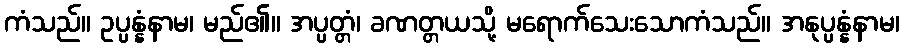
ကံသည်။ ဥပ္ပန္နံနာမ၊ မည်၏။ အပ္ပတ္တံ၊ ခဏတ္တယသို့ မရောက်သေးသောကံသည်။ အနုပ္ပန္နံနာမ၊